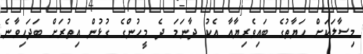
މިސާލަކަށް ހަޔާތުގެ ބައިވެރިޔާއާ އެކު ދާނަމަ ދެ މީހުންގެ ގުޅުން އިތުރަށް ބަދަހިވާނެ